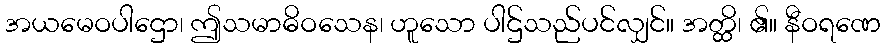
အယမေဝပါဌော၊ ဤသမာဓိဝသေန၊ ဟူသော ပါဌ်သည်ပင်လျှင်။ အတ္ထိ၊ ၏။ နီဝရဏေ